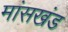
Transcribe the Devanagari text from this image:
मांसखंड